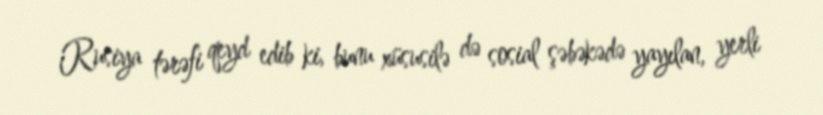
Rusiya tərəfi qeyd edib ki, bunu xüsusilə də sosial şəbəkədə yayılan, yerli